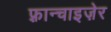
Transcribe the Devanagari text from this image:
फ़्रान्चाइज़ेर